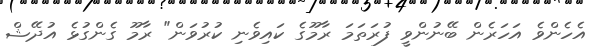
އެހެންވެ އަހަރެން ބޭނުންވީ ފުރަތަމަ ރާމޫގެ ކައިވެނި ކުރުވަން" ރާމޫ ގެންގުޅެ އުދޭޝް